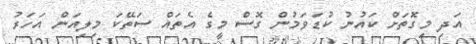
އަދި މިގޮތަށް ކައުނު ކުޑަވަމުން ގޮސް މީގެ އެތައް ސަތޭކަ މިލިއަން އަހަރު